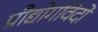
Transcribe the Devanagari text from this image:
प्रौद्योगविदों